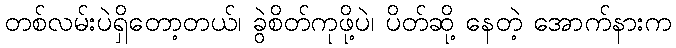
တစ်လမ်းပဲရှိတော့တယ်၊ ခွဲစိတ်ကုဖို့ပဲ၊ ပိတ်ဆို့ နေတဲ့ အောက်နားက